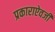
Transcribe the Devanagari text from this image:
प्रकाराऐवजी